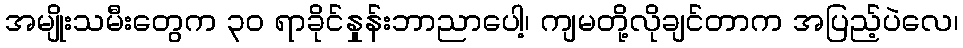
အမျိုးသမီးတွေက ၃ဝ ရာခိုင်နှုန်းဘာညာပေါ့၊ ကျမတို့လိုချင်တာက အပြည့်ပဲလေ၊